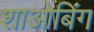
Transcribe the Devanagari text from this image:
शाओबिंग